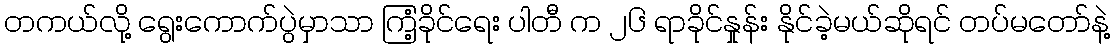
တကယ်လို့ ရွေးကောက်ပွဲမှာသာ ကြံ့ခိုင်ရေး ပါတီ က ၂၆ ရာခိုင်နှုန်း နိုင်ခဲ့မယ်ဆိုရင် တပ်မတော်နဲ့